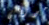
موران